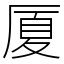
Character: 厦